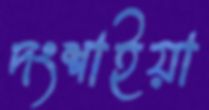
দংশাইয়া